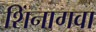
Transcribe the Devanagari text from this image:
शिंनागवा